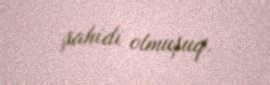
şahidi olmuşuq.